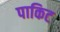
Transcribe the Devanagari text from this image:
पाकिट